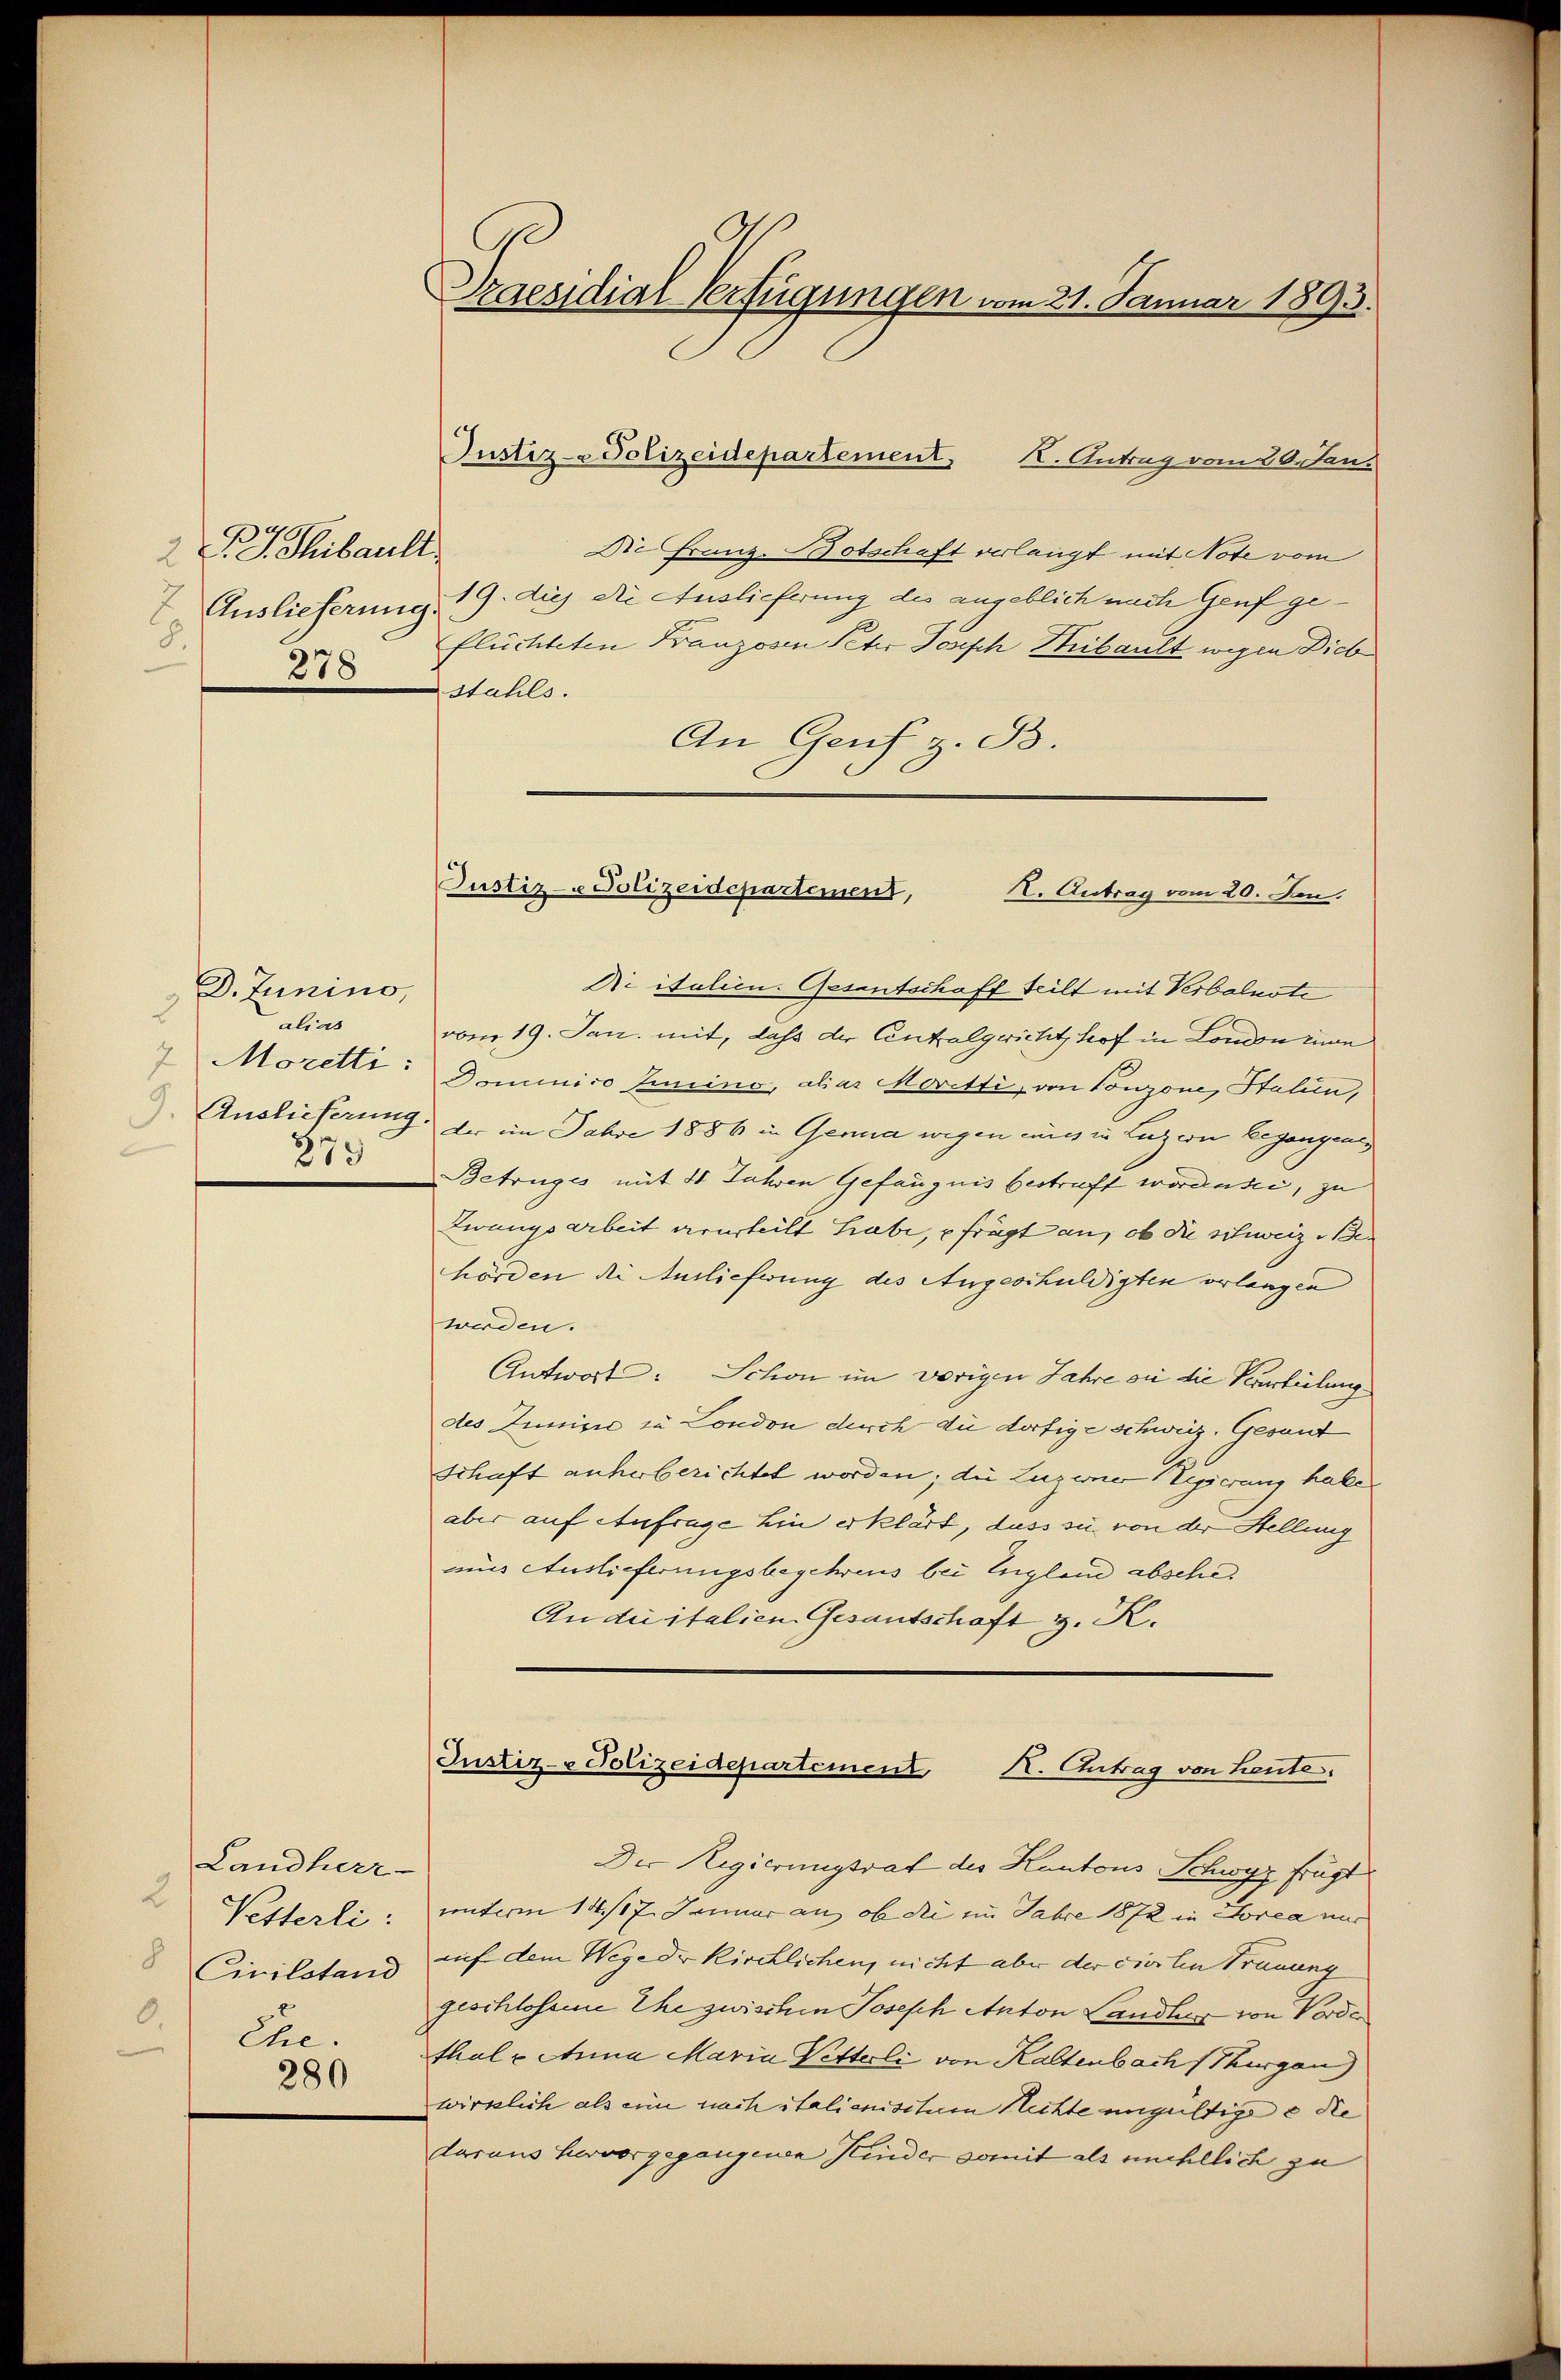
2 d. J. Thibaul
Auslieferung
8.
278

D. Junino,
2
alias
7
Moretti:
) Auslieferung
279

Landherr
2 Vetterli
8
Civilstand
8.
Ehe.
280

Praesidial-Verfügungen vom 21. Januar 1893.

Justiz- & Polizeidepartement, K. Antrag vom 20. Janu
¬
Die Franz-Botschaft verlangt mit Note vom
19. dies die Auslieferung des angeblich nach Genf geflüchteten Franzosen Peter Joseph Thibault wegen Dieb
stahls.
An Genf z. B.
Die italien. Gesentschoff teilt mit Verbalnote
vom 19. Jan. mit, dass der Centalgericht, hof in London inn
Dominico Immiino, alias Moritti, von Tonzone, Stalien,
der im Jahre 1886 in Genua wegen eines in Luzern Begangenes
Betruges mit 48 Jahren Gefängnis bestraft worden sei, zu
Zwangsarbeit verurteilt habe, frägt an, ob die schweiz . Ber
hörden die Antlicherung des Angeschuldigten verlangen
werden.
Antwort: Schon im vorigen Jahre ou die Verteilung
des Junisie zu London durch die dortige schweiz. Gesant
schaft anherberichtet worden; die Luzerner Regierung habe
aber auf Anfrage hin erklärt, dass sie von der Stellung
mins Auslieferungsbegehrens bei England absche
An die italien Gesantschaft z. K.
Justiz- & Polizeidepartement I. Antrag von heute,
Der Regierungsrat des Kantons Schwyz fragt
unterm 14./17. Januar an, ob die im Jahre 1872 in Sorea nur
auf dem Wege der kirchlichen, nicht aber der vierten Trauung
geschlossene Ehe zwischen Joseph Anton Landlug von Vorde
thal u Anna Maria Vetterli von Kaltenbach Thurgau
wirklich als eine nach italienisitum Rechte ungültige e die
daraus hervorgegangenen Kinder somit als nichtlich zu

Justiz- & Polizeidepartement,
X. Antrag vom 20. Den